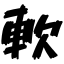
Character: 軟